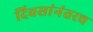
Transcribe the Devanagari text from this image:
दिवसांनंतरच